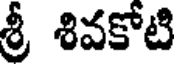
శ్రీ శివకోటి